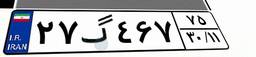
۵۲گ۴۲۰۱۹